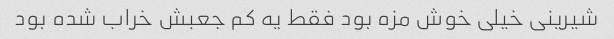
شیرینی خیلی خوش مزه بود فقط یه کم جعبش خراب شده بود